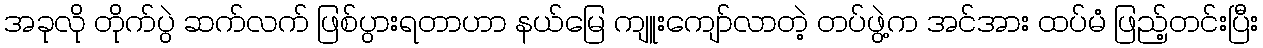
အခုလို တိုက်ပွဲ ဆက်လက် ဖြစ်ပွားရတာဟာ နယ်မြေ ကျူးကျော်လာတဲ့ တပ်ဖွဲ့က အင်အား ထပ်မံ ဖြည့်တင်းပြီး